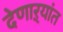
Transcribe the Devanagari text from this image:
देणाऱ्यांत